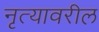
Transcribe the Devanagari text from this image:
नृत्यावरील